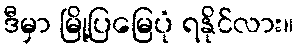
ဒီမှာ မြို့ပြမြေပုံ ရနိုင်လား။